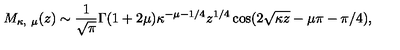
M _ { \kappa , \ \mu } ( z ) \sim { \frac { 1 } { \sqrt { \pi } } } \Gamma ( 1 + 2 \mu ) \kappa ^ { - \mu - 1 / 4 } z ^ { 1 / 4 } \cos ( 2 \sqrt { \kappa z } - \mu \pi - \pi / 4 ) ,